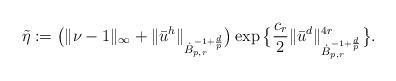
\begin{align*}\tilde{\eta}:=\big(\|\nu-1\|_\infty + \| \bar{u}^h \|_{\dot{B}_{p,r}^{-1+\frac{d}{p}}}\big)\exp\big\{ \frac{c_r}{2}\|\bar{u}^d\|^{4r}_{\dot{B}_{p,r}^{-1+\frac{d}{p}}} \big\}.\end{align*}